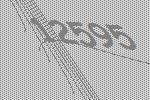
12595